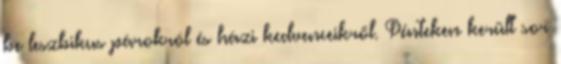
be leszbikus párokról és házi kedvenceikről. Pénteken került sor